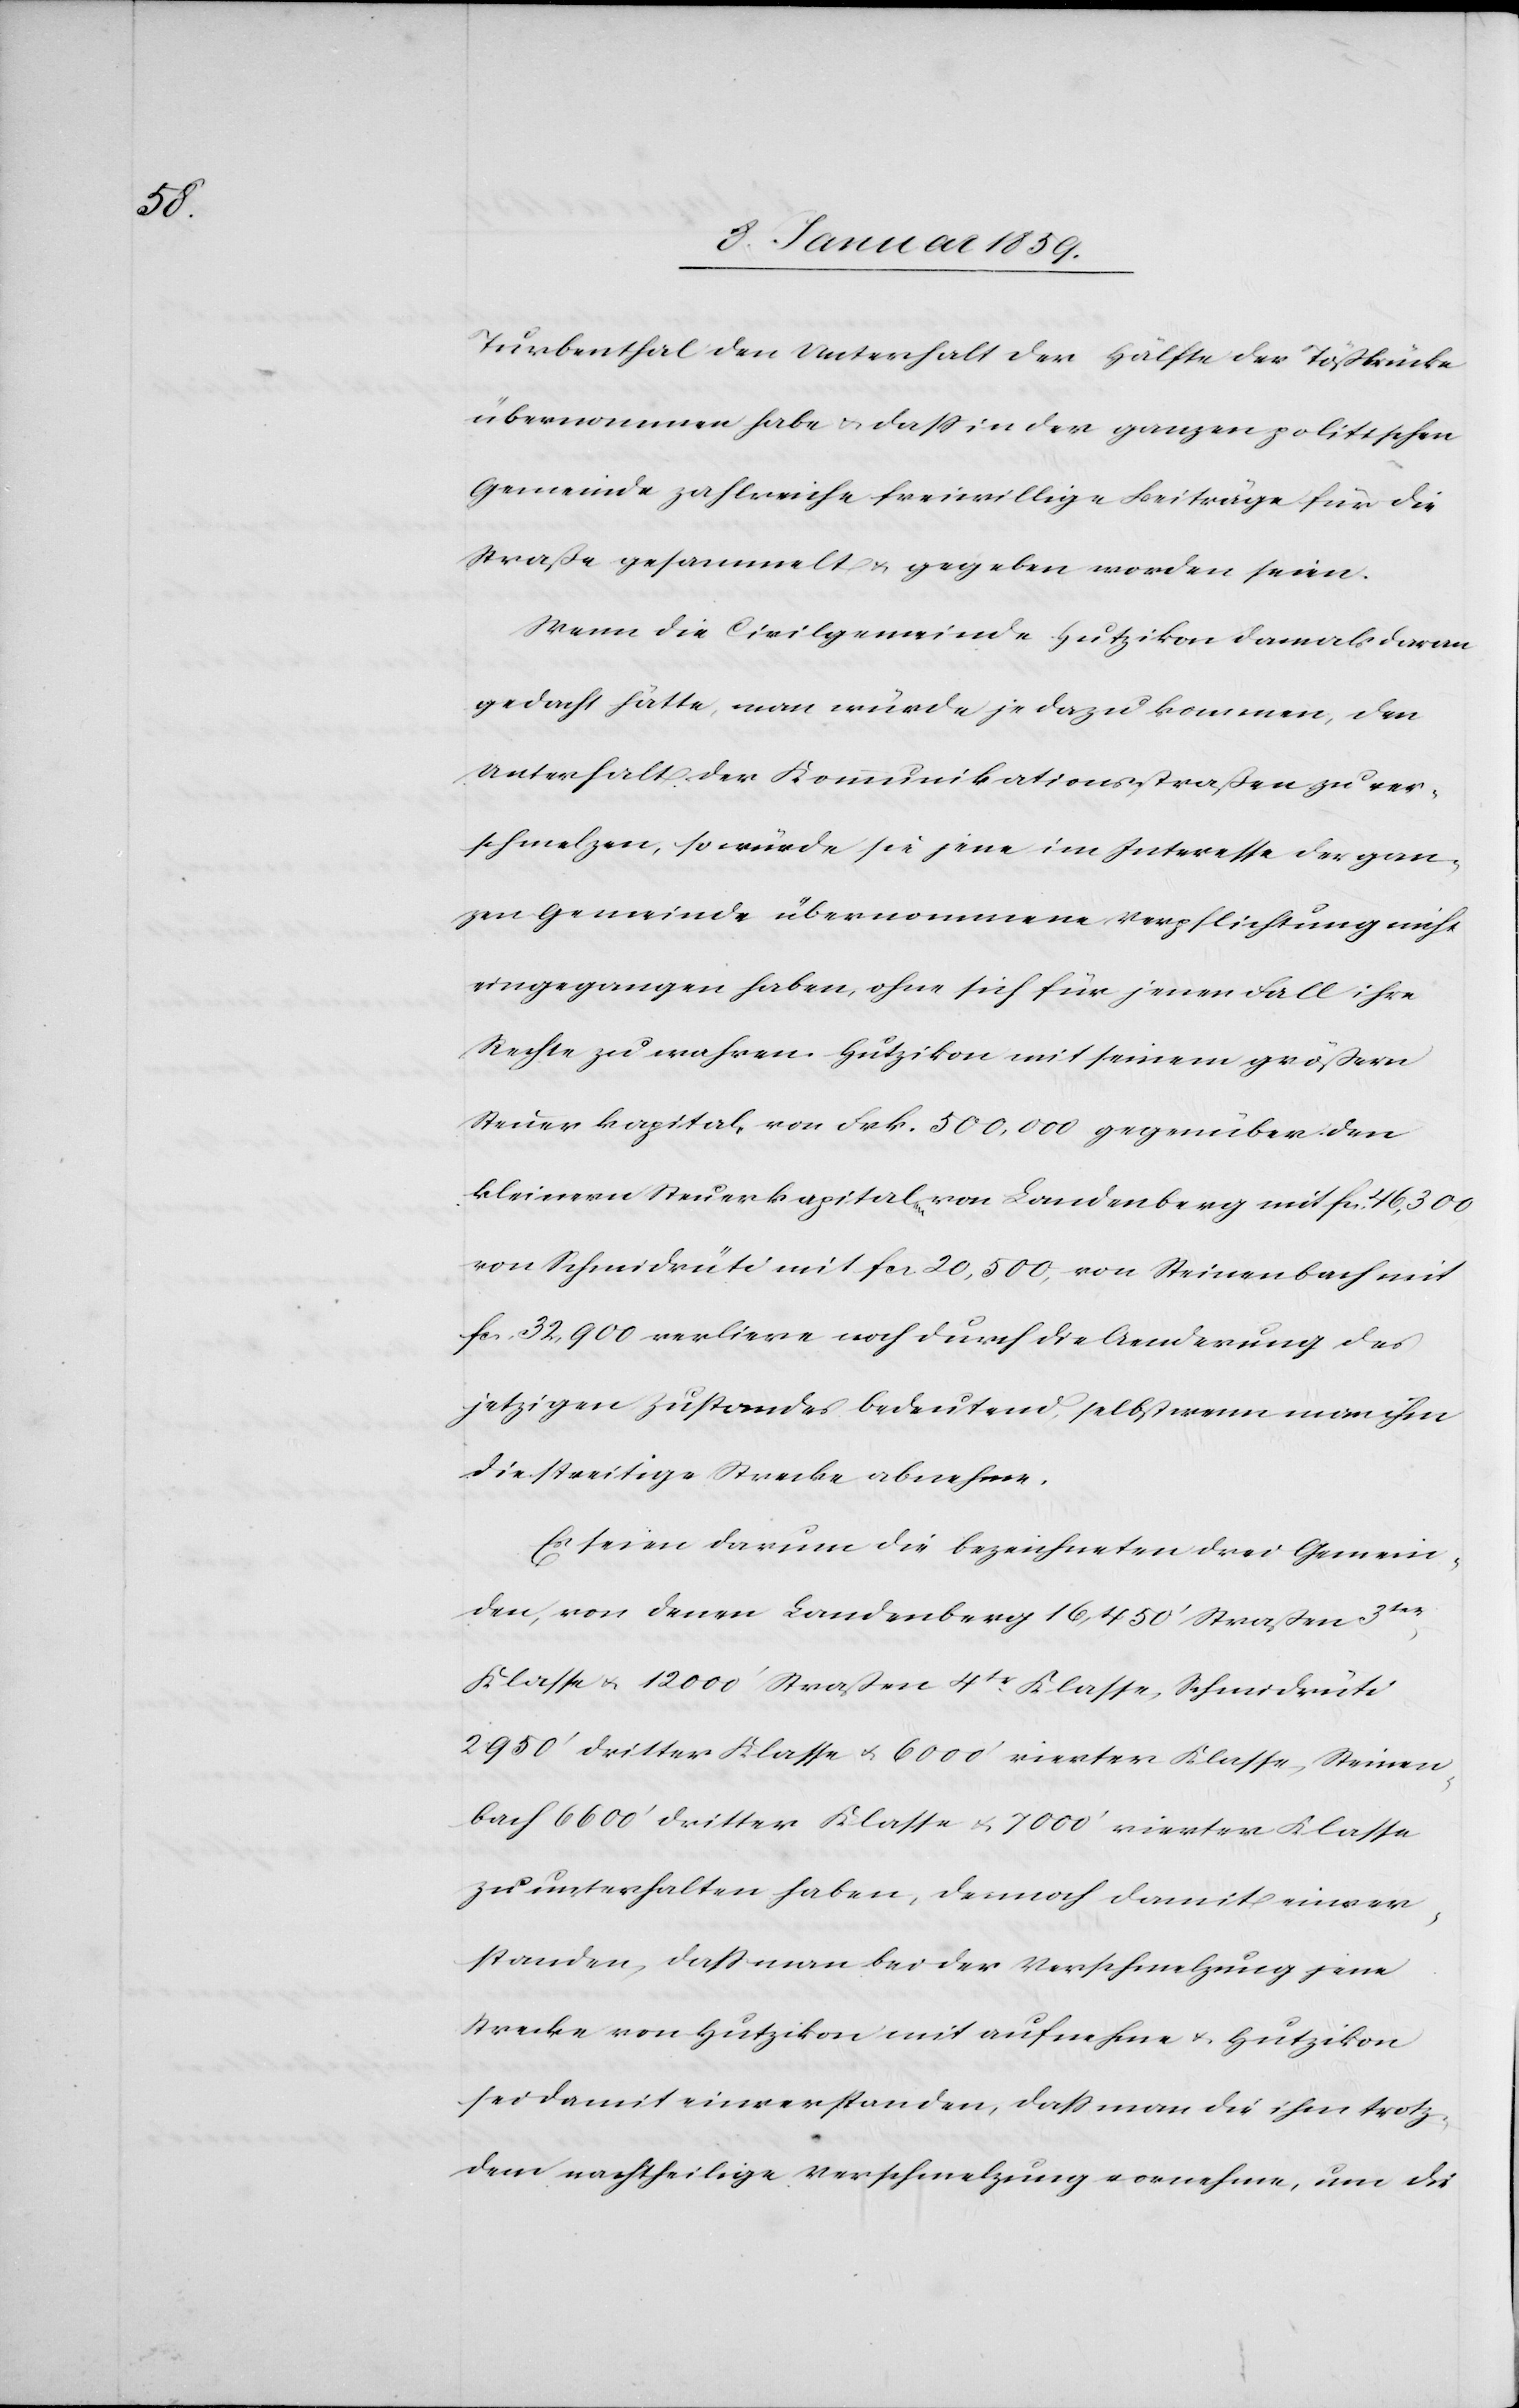
Turbenthal den Unterhalt der Hälfte der Tößbrücke
übernommen habe u. daß in der ganzen politischen
Gemeinde zahlreiche freiwillige Beiträge für die
Straße gesammelt u. gegeben worden seien.
Wenn die Civilgemeinde Hutzikon damals daran
gedacht hätte, man würde je dazu kommen, den
Unterhalt der Kommunikationsstraßen zu ver¬
schmelzen, so würde sie jene im Interesse der gan¬
zen Gemeinde übernommene Verpflichtung nicht
eingegangen haben, ohne sich für jenen Fall ihre
Rechte zu wahren. Hutzikon mit seinem größten
Steuerkapital, von Frk. 500,000 gegenüber den
kleineren Steuerkapitalen von Landenberg mit fa. 46,300
von Schmidrüti mit fcs 20,500, von Steinenbach mit
fcs. 32,900 verliere noch durch die Aenderung des
jetzigen Zustandes bedeutend, selbst wenn man ihm
die streitige Strecke abnehme.
Es seien darum die bezeichneten drei Gemein¬
den, von denen Landenberg 16,450' Straßen 3ter.
Klasse u. 1200' Straßen 4tr. Klasse, Schmidrüti
2950' dritter Klasse u. 6000' vierter Klasse, Steinen¬
bach 6600' dritter Klasse u. 7000' vierter Klasse
zu unterhalten haben, dennoch damit einver¬
standen, daß man bei der Verschmelzung jene
Strecke von Hutzikon mit aufnehme u. Hutzikon
sei damit einverstanden, daß man die ihm trotz¬
dem nachtheilige Verschmelzung vornehme, um die